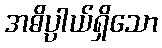
အဓိပ္ပာယ်ရှိသော